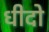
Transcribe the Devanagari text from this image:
धीदो